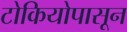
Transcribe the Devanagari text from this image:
टोकियोपासून